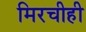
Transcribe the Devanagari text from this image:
मिरचीही